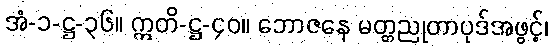
အံ-၁-ဋ္ဌ-၃၆။ ဣတိ-ဋ္ဌ-၄၀။ ဘောဇနေ မတ္တညုတာပုဒ်အဖွင့်၊